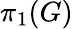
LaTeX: \pi_{1}(G)